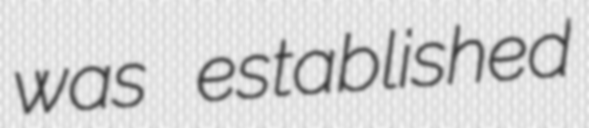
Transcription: was established